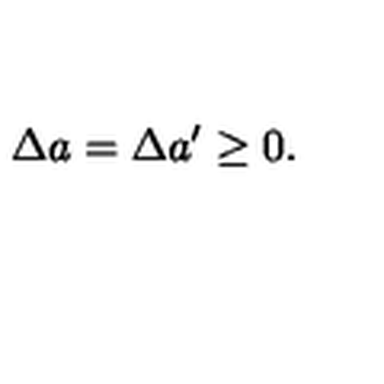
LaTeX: \Delta a = \Delta a ^ { \prime } \geq 0 .